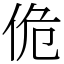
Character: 佹